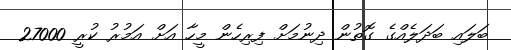
ބަލައި ބަދަލެއްގެ ގޮތުން ދިނުމަށް ފިރިހެން މީހާ އަށް އަމުރު ކުރީ 27000